NAE_EAOK_eestikeelsed_sunnimeetrikad, lk 320
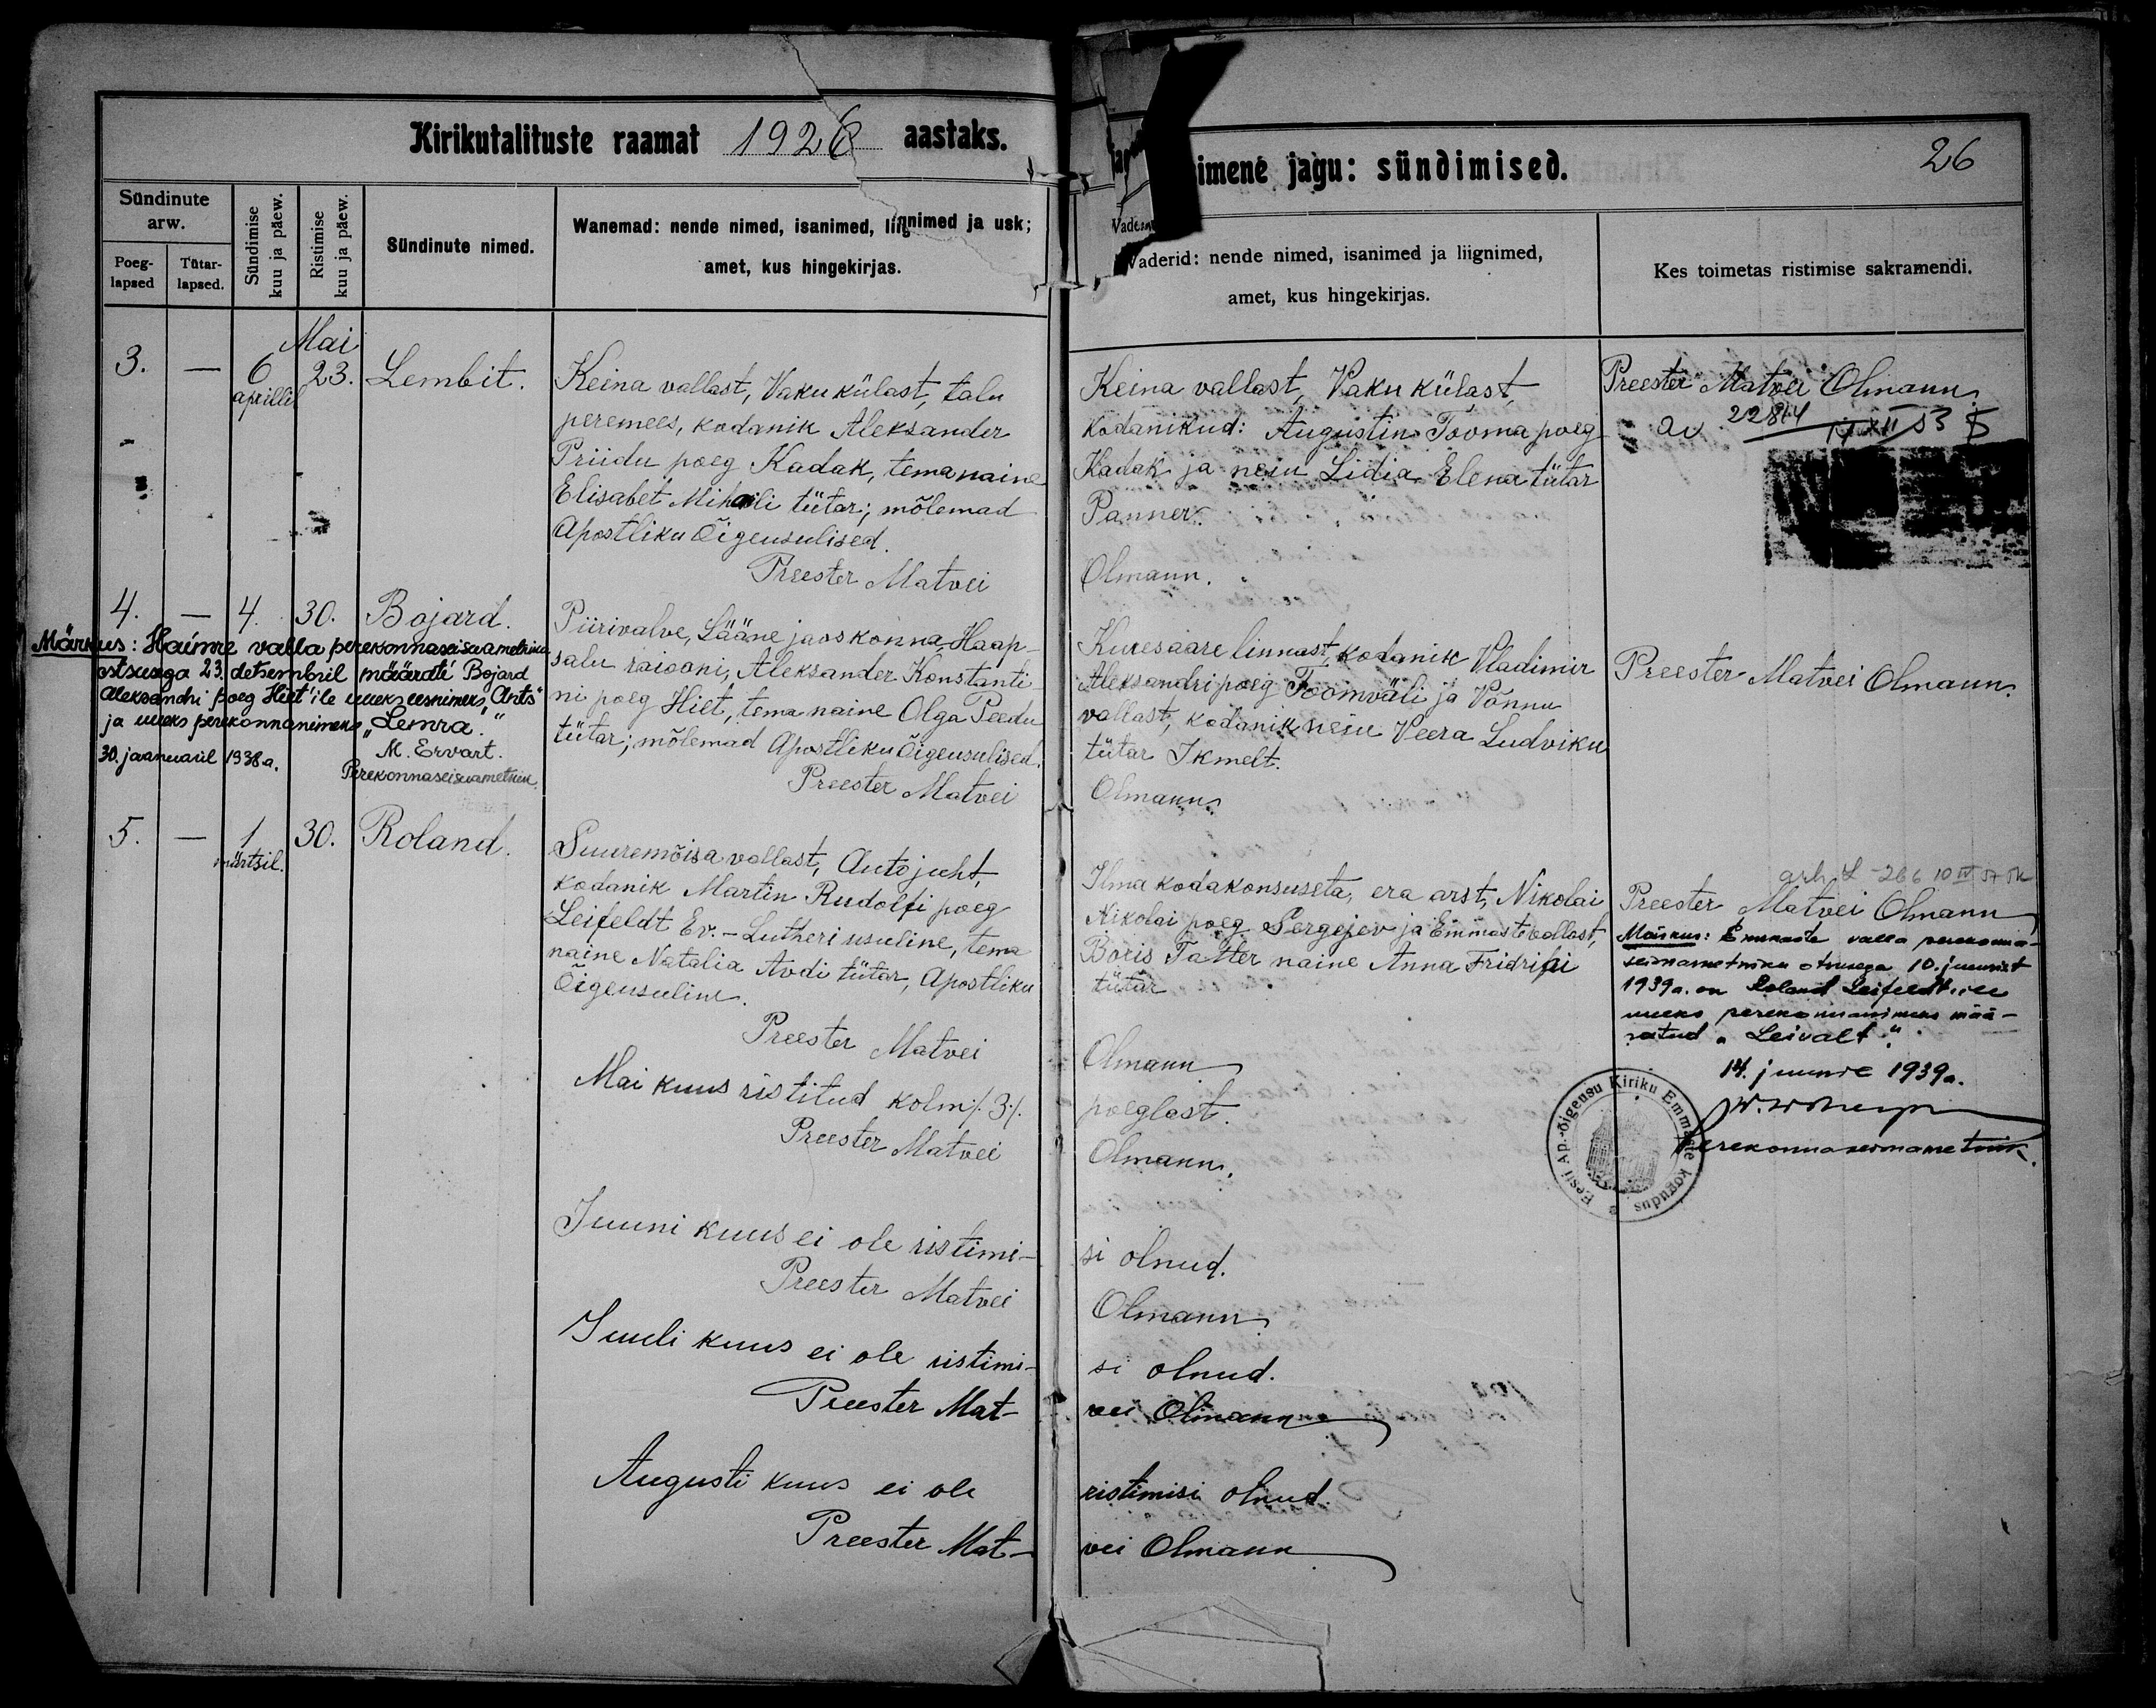
Lembit

Bojard

Roland

Keina vallast, Vaku külast, talu
peremees, kodanik Aleksander
Priidu poeg Kadak, tema naine
Elisabet Mihaili tütar; mõlemad
Apostliku Õigeusulised.

Piirivalve, Lääne jaoskonna, Haap-
salu raiooni, Aleksander Konstanti-
ni poeg Hiet, tema naine Olga Peedu
tütar; mõlemad Apostliku Õigeusulised.

Suuremõisa wallast, Autojuht,
kodanik Martin Rudolfi poeg
Leifeldt Ev.-Lutheri usuline, tema
naine Natalia Avdi tütar, Apostliku
Õigeusuline.